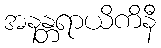
အနန္တရာယိကိနီ